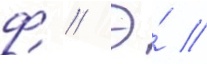
ф // Э́ //